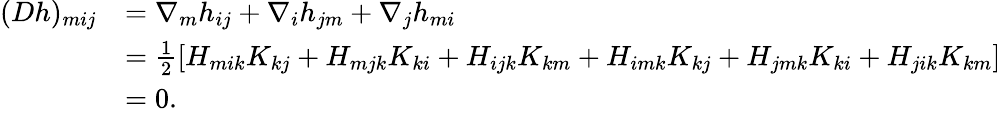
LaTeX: \begin{array}{rl}{(Dh)_{mij}}&{=\nabla_{m}h_{ij}+\nabla_{i}h_{jm}+\nabla_{j}h_{mi}}\\ &{=\frac{1}{2}[H_{mik}K_{kj}+H_{mjk}K_{ki}+H_{ijk}K_{km}+H_{imk}K_{kj}+H_{jmk}K_{ki}+H_{jik}K_{km}]}\\ &{=0.}\end{array}